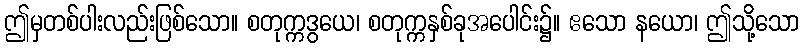
ဤမှတစ်ပါးလည်းဖြစ်သော။ စတုက္ကဒွယေ၊ စတုက္ကနှစ်ခုအပေါင်း၌။ ဧသော နယော၊ ဤသို့သော